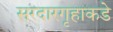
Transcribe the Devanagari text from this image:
सरदारगृहाकडे